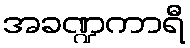
အခဏ္ဍကာရီ